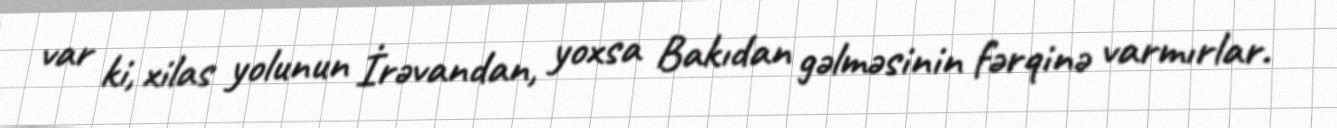
var ki, xilas yolunun İrəvandan, yoxsa Bakıdan gəlməsinin fərqinə varmırlar.